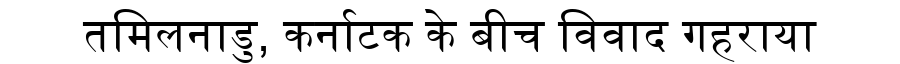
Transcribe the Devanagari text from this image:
तमिलनाडु, कर्नाटक के बीच विवाद गहराया